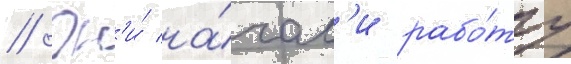
// Он'и́ на́чал'и рабо́ту